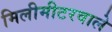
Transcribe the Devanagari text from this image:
मिलीमीटरवाले